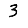
Digit: 3